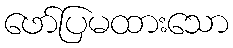
ဖော်ပြမထားသော